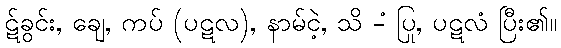
ဋ်ခွင်း, ချေ, ကပ် (ပဋလ), နာမ်ငဲ့, သိ -ံ ပြု, ပဋလံ ပြီး၏။